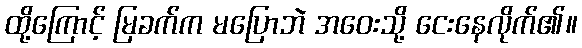
ထို့ကြောင့် မြခက်က မပြောဘဲ အဝေးသို့ ငေးနေလိုက်၏။